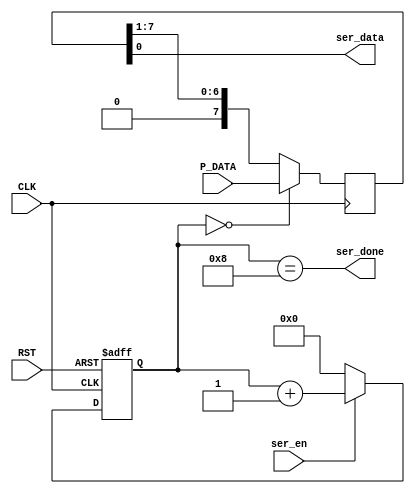
module Serializer #( parameter DATA_WIDTH = 8, Counter_WIDTH = 4 )
(
input   wire                       CLK,
input   wire                       RST,
input   wire    [DATA_WIDTH-1:0]   P_DATA,
input   wire                       ser_en,
output  wire                       ser_done,
output  wire                       ser_data
);

// Internal Signals
reg     [Counter_WIDTH-1:0]      counter   ;
reg     [DATA_WIDTH-1:0]      input_buffer ;

// save input into a buffer then shift to output
always @ (posedge CLK)
  begin
    if(counter == 'b0)
        begin
            input_buffer <= P_DATA ;
        end
    else
        begin
            input_buffer <= input_buffer >> 1 ;
        end
  end

// Counter
always @ (posedge CLK or negedge RST)
  begin
    if(!RST)
        begin
            counter <= 'b0 ;
        end
    else if(ser_en)
        begin
            counter <= counter + 'b1 ;
        end
    else
        begin
            counter <= 'b0 ;
        end
  end

// output data
assign ser_data = input_buffer[0] ;

// serial done
assign ser_done = (counter == DATA_WIDTH) ;

endmodule